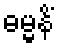
ဓမ္မနိံ